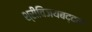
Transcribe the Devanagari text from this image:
श्रीविजयबद्दल